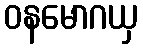
ဝနမောဂယှ